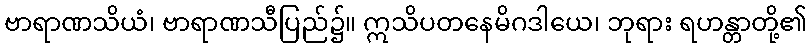
ဗာရာဏသိယံ၊ ဗာရာဏသီပြည်၌။ ဣသိပတနေမိဂဒါယေ၊ ဘုရား ရဟန္တာတို့၏